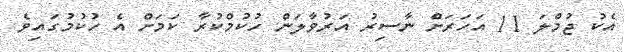
އެކު ޖުމްލަ 11 އަހަރަށް ނާސިރު އަރުވާލަން ހުކުމްކުރާ ކަމަށް އެ ހުކުމުގައިވެ